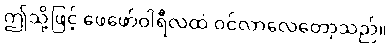
ဤသို့ဖြင့် ဖေဖော်ဝါရီလထဲ ဝင်လာလေတော့သည်။